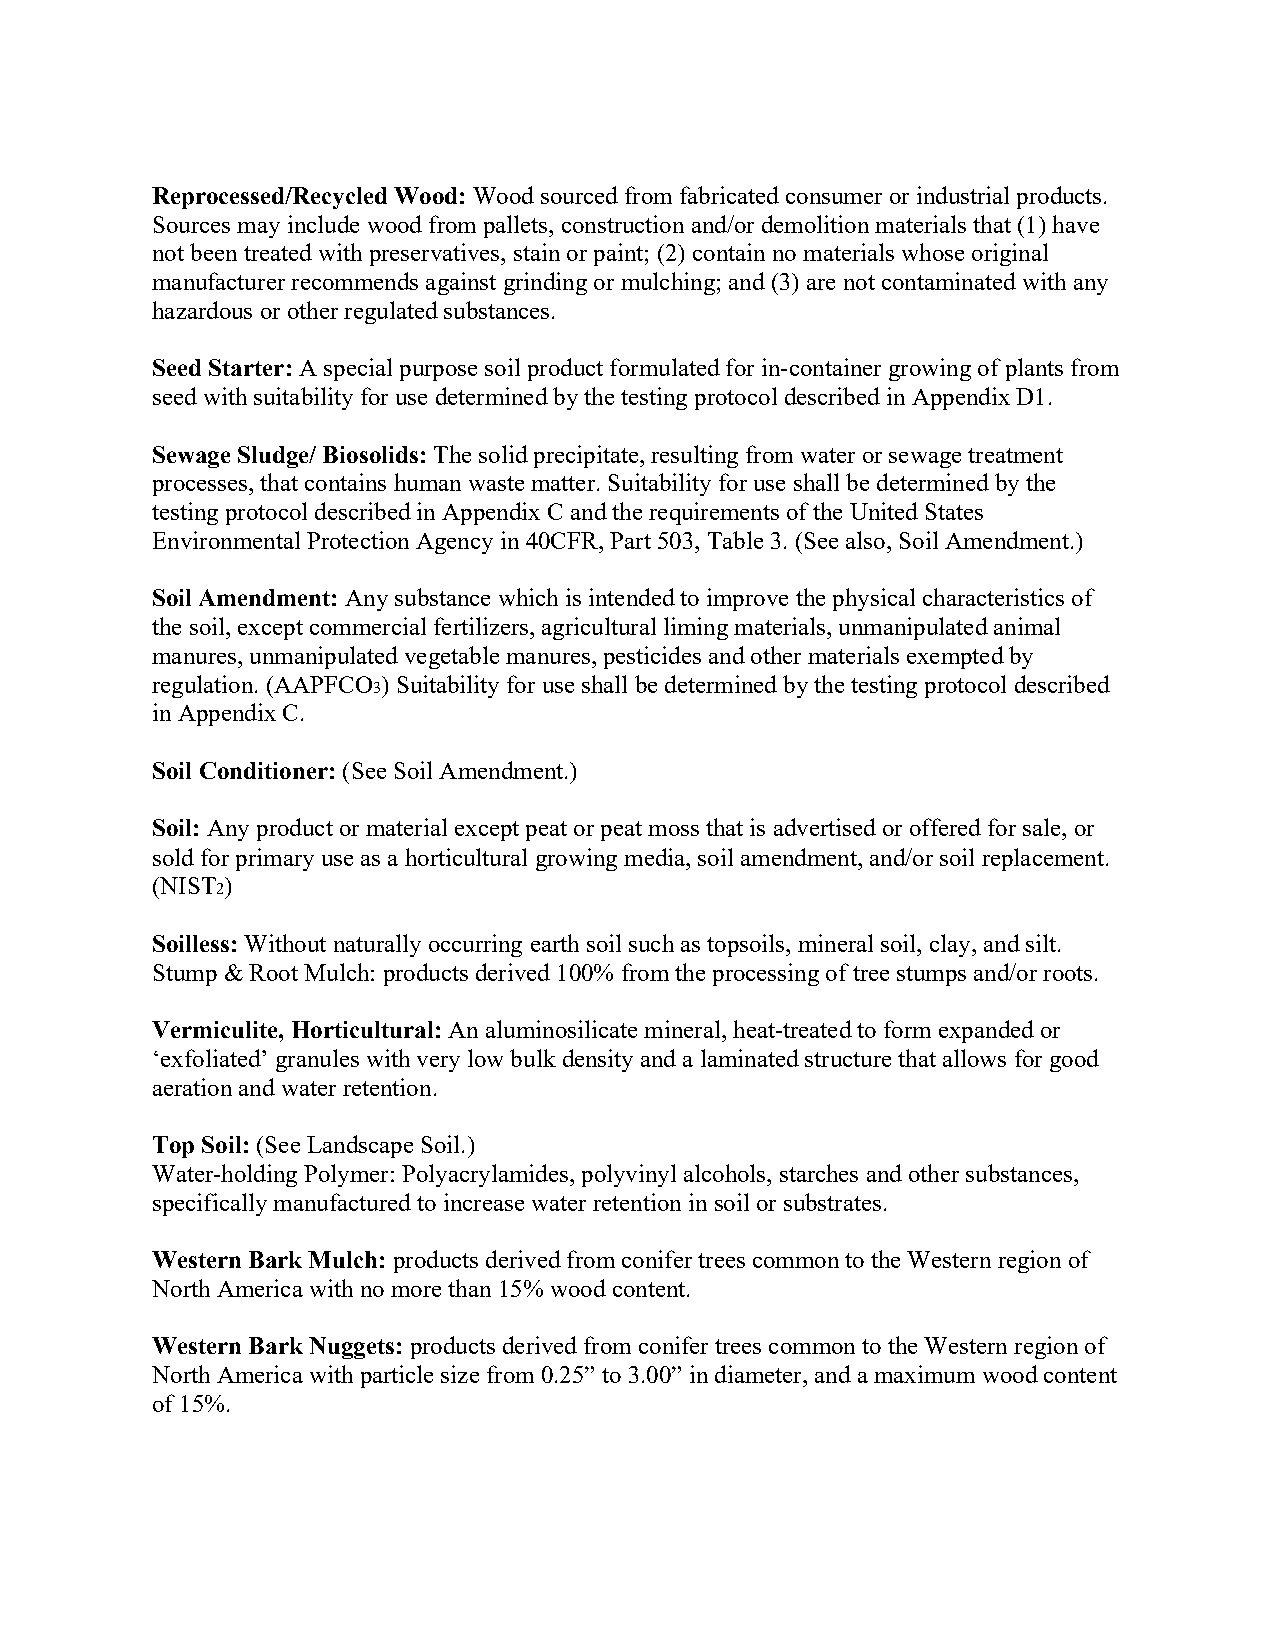
Reprocessed/Recycled Wood: Wood sourced from fabricated consumer or industrial products.
 Sources may include wood from pallets, construction and/or demolition materials that (1) have
 not been treated with preservatives, stain or paint; (2) contain no materials whose original
 manufacturer recommends against grinding or mulching; and (3) are not contaminated with any
 hazardous or other regulated substances.
 Seed Starter: A special purpose soil product formulated for in-container growing of plants from
 seed with suitability for use determined by the testing protocol described in Appendix D1.
 Sewage Sludge/ Biosolids: The solid precipitate, resulting from water or sewage treatment
 processes, that contains human waste matter. Suitability for use shall be determined by the
 testing protocol described in Appendix C and the requirements of the United States
 Environmental Protection Agency in 40CFR, Part 503, Table 3. (See also, Soil Amendment.)
 Soil Amendment: Any substance which is intended to improve the physical characteristics of
 the soil, except commercial fertilizers, agricultural liming materials, unmanipulated animal
 manures, unmanipulated vegetable manures, pesticides and other materials exempted by
 regulation. (AAPFCO ) Suitability for use shall be determined by the testing protocol described
 3
 in Appendix C.
 Soil Conditioner: (See Soil Amendment.)
 Soil: Any product or material except peat or peat moss that is advertised or offered for sale, or
 sold for primary use as a horticultural growing media, soil amendment, and/or soil replacement.
 (NIST )
 2
 Soilless: Without naturally occurring earth soil such as topsoils, mineral soil, clay, and silt.
 Stump & Root Mulch: products derived 100% from the processing of tree stumps and/or roots.
 Vermiculite, Horticultural: An aluminosilicate mineral, heat-treated to form expanded or
 ‘exfoliated’ granules with very low bulk density and a laminated structure that allows for good
 aeration and water retention.
 Top Soil: (See Landscape Soil.)
 Water-holding Polymer: Polyacrylamides, polyvinyl alcohols, starches and other substances,
 specifically manufactured to increase water retention in soil or substrates.
 Western Bark Mulch: products derived from conifer trees common to the Western region of
 North America with no more than 15% wood content.
 Western Bark Nuggets: products derived from conifer trees common to the Western region of
 North America with particle size from 0.25” to 3.00” in diameter, and a maximum wood content
 of 15%.